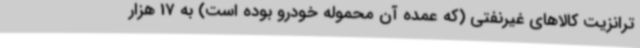
ترانزیت کالاهای غیرنفتی (که عمده آن محموله خودرو بوده است) به 17 هزار